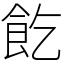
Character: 䬣